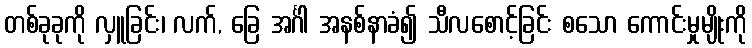
တစ်ခုခုကို လှူခြင်း၊ လက်, ခြေ အင်္ဂါ အနစ်နာခံ၍ သီလစောင့်ခြင်း စသော ကောင်းမှုမျိုးကို